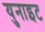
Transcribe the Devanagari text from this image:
युनाइट